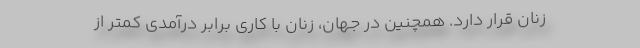
زنان قرار دارد. همچنین در جهان، زنان با کاری برابر درآمدی کمتر از